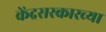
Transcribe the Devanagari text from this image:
केंद्रसरकारच्या